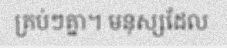
គ្រប់ៗគ្នា។ មនុស្សដែល